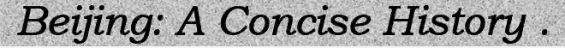
Beijing: A Concise History .